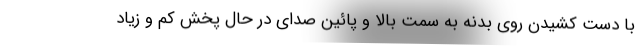
با دست کشیدن روی بدنه به سمت بالا و پائین صدای در حال پخش کم و زیاد